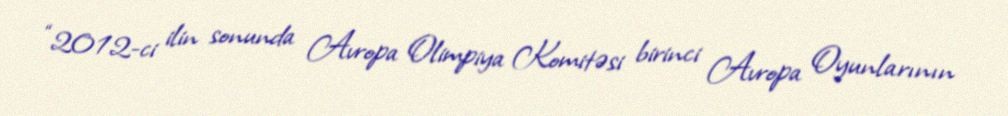
“2012-ci ilin sonunda Avropa Olimpiya Komitəsi birinci Avropa Oyunlarının